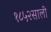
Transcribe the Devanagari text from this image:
१८५२साली